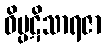
ဝိပ္ပဋိသာရဇာ